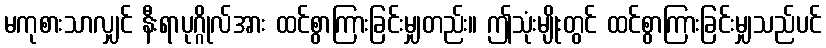
မကုစားသာလျှင် နီးရာပုဂ္ဂိုလ်အား ထင်စွာကြားခြင်းမျှတည်း။ ဤသုံးမျိုးတွင် ထင်စွာကြားခြင်းမျှသည်ပင်